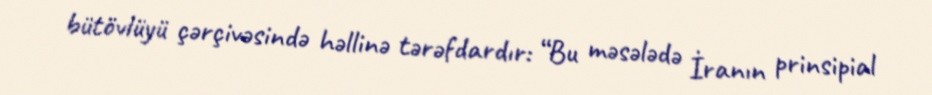
bütövlüyü çərçivəsində həllinə tərəfdardır: “Bu məsələdə İranın prinsipial